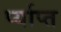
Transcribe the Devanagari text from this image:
र्प्याप्त